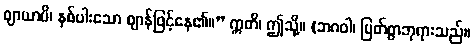
ဈာယာမိ၊ နှစ်ပါးသော ဈာန်ဖြင့်နေ၏။” ဣတိ၊ ဤသို့။ (ဘဂဝါ၊ မြတ်စွာဘုရားသည်။